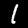
Digit: 1